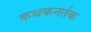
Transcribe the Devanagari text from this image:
कथकनर्तक